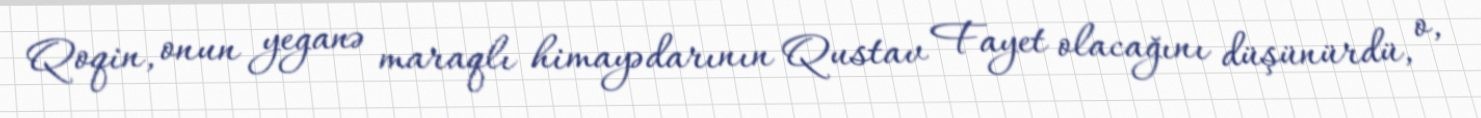
Qoqin, onun yeganə maraqlı himayədarının Qustav Fayet olacağını düşünürdü, o,